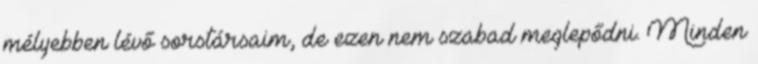
mélyebben lévő sorstársaim, de ezen nem szabad meglepődni. Minden